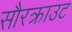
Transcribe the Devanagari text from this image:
सौरक्राउट